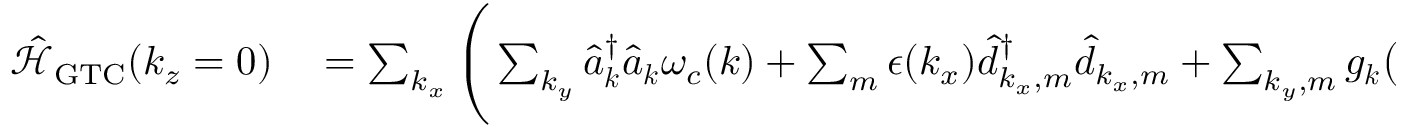
\begin{array} { r l } { \mathcal { \hat { H } } _ { \mathrm { G T C } } ( k _ { z } = 0 ) } & { { } = \sum _ { k _ { x } } \Bigg ( \sum _ { k _ { y } } \hat { a } _ { \boldsymbol k } ^ { \dagger } \hat { a } _ { \boldsymbol k } \omega _ { c } ( { \boldsymbol k } ) + \sum _ { m } \epsilon ( k _ { x } ) \hat { d } _ { k _ { x } , m } ^ { \dagger } \hat { d } _ { k _ { x } , m } + \sum _ { { k _ { y } } , m } g _ { \boldsymbol k } \big ( \hat { a } _ { { \boldsymbol k } } ^ { \dagger } \hat { d } _ { k _ { x } , m } + \hat { a } _ { { \boldsymbol k } } \hat { d } _ { k _ { x } , m } ^ { \dagger } \big ) \sin ( { k _ { y } } Y _ { m } ) \Bigg ) } \end{array}